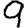
Digit: 9